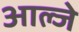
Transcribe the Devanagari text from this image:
आल्जे